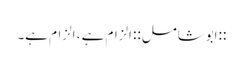
::ابوشامل:: الزام ہے ، الزام ہے۔